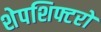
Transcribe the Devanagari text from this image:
शेपशिफ्टरों